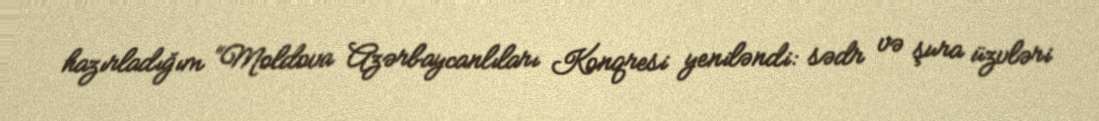
hazırladığım “Moldova Azərbaycanlıları Konqresi yeniləndi: sədr və şura üzvləri